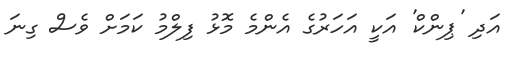
އަދި 'ޕިންކް' އަކީ އަހަރުގެ އެންމެ މޮޅު ފިލްމު ކަމަށް ވެސް ގިނަ